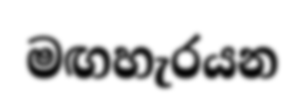
මඟහැරයන